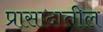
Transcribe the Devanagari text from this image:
प्रासादातील